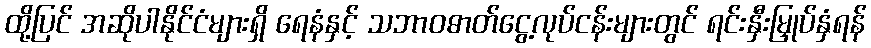
ထို့ပြင် အဆိုပါနိုင်ငံများရှိ ရေနံနှင့် သဘာဝဓာတ်ငွေ့လုပ်ငန်းများတွင် ရင်းနှီးမြှုပ်နှံရန်